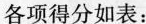
各项得分如表：